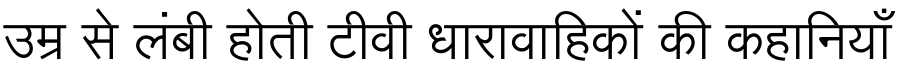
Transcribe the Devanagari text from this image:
उम्र से लंबी होती टीवी धारावाहिकों की कहानियाँ